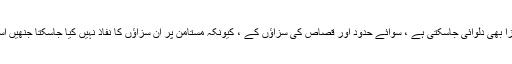
اس کے خلاف مقدمہ چلاکر اسے عدالت سے سزا بھی دلوائی جاسکتی ہے ، سوائے حدود اور قصاص کی سزاؤں کے ، کیونکہ مستامن پر ان سزاؤں کا نفاذ نہیں کیا جاسکتا جنھیں اسلامی قانون کی رو سے ”حق اللہ“ کہا جاتا ہے ۔